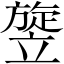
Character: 𥪱